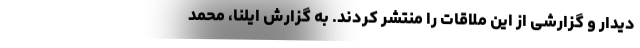
دیدار و گزارشی از این ملاقات را منتشر کردند. به گزارش ایلنا، محمد